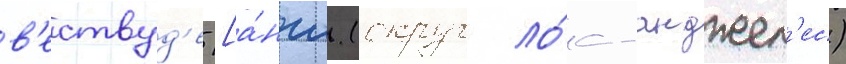
в'ествуд'е [а́нгл. (округ ло́с-анджел'ес)